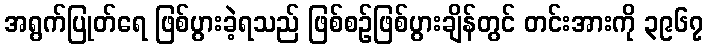
အရွက်ပြုတ်ရေ ဖြစ်ပွားခဲ့ရသည် ဖြစ်စဉ်ဖြစ်ပွားချိန်တွင် တင်းအားကို ၃၉၆၇